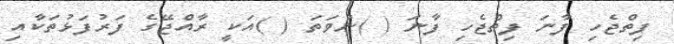
ފިތްޖެހި ފާނަ ފިތްޖެހި ފާނަ ( )ނުވަތަ ( )އަކީ ރާއްޖޭގެ ފަރުފަޅުތަކާއި